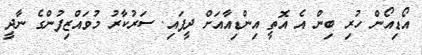
އޯޑިއޯން ހުރި ބިން އެ އޮތީ އިންޑިއާއަށް ދީފައި. ސަރުކާރު މުވައްޒިފުންގެ ނާދީ